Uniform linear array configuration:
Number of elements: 24
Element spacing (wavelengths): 1
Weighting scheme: exponential
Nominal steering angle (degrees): -45
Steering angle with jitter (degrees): -43.37
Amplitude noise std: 0.05
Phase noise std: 0.05

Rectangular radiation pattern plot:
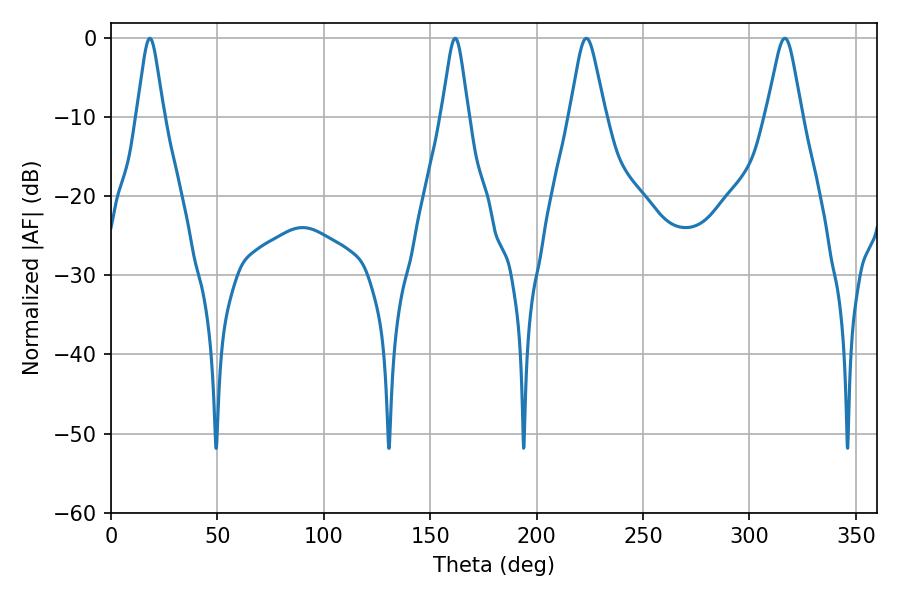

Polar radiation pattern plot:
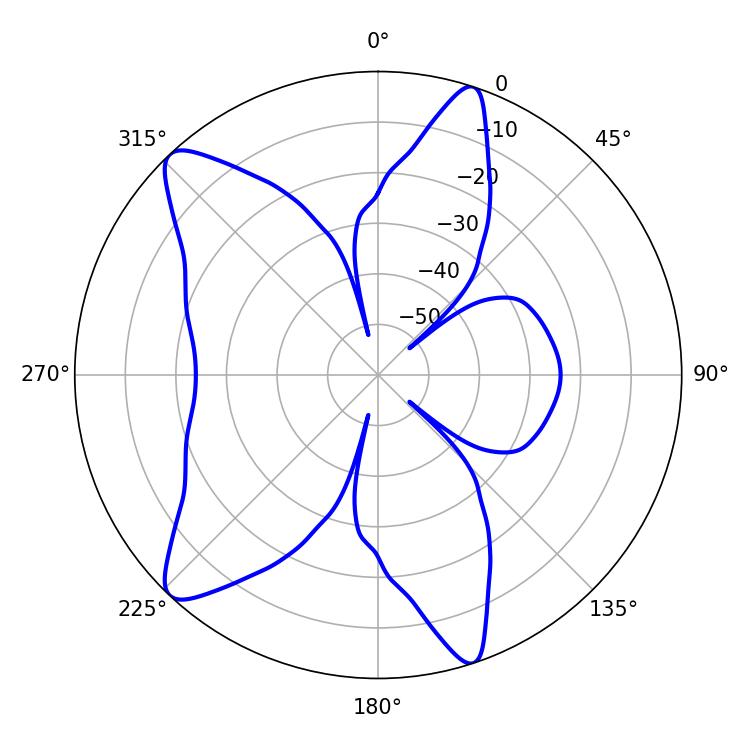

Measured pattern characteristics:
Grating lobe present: TRUE
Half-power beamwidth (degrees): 7.92
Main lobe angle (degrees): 223.38